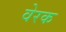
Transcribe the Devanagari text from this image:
वेरक